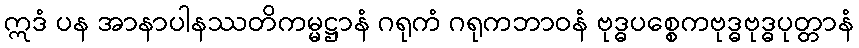
ဣဒံ ပန အာနာပါနဿတိကမ္မဋ္ဌာနံ ဂရုကံ ဂရုကဘာဝနံ ဗုဒ္ဓပစ္စေကဗုဒ္ဓဗုဒ္ဓပုတ္တာနံ